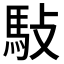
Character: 𬳩